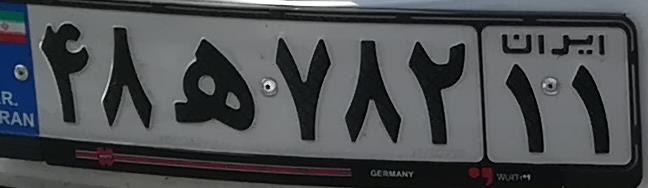
۴۸ه۷۸۲۱۱